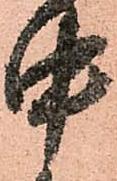
中